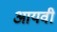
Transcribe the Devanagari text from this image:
आयवी